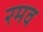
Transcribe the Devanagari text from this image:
रमव